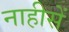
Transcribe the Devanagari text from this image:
नाहीसें